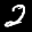
Label: 2